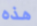
هذه